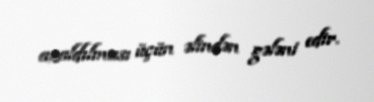
azaldılması üçün əlindən gələni edir.